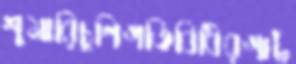
শুমারিচুণিগতিবিধিরগাট